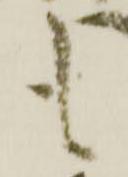
も